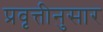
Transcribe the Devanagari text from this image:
प्रवृत्तीनुसार